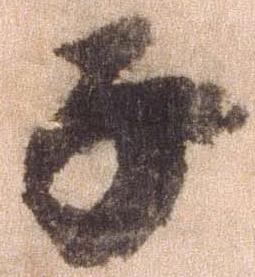
子